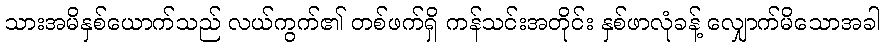
သားအမိနှစ်ယောက်သည် လယ်ကွက်၏ တစ်ဖက်ရှိ ကန်သင်းအတိုင်း နှစ်ဖာလုံခန့် လျှောက်မိသောအခါ